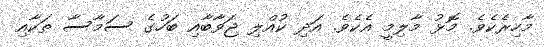
މާހިރެކެވެ. މޮޅު މާލިމީ އެކެވެ. އަދި ކުއްލި ޖަވާބާއި ބަހުގެ ސަމާސާ ތަކާއި